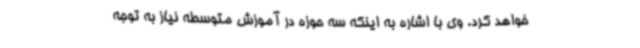
خواهد کرد. وی با اشاره به اینکه سه حوزه در آموزش متوسطه نیاز به توجه